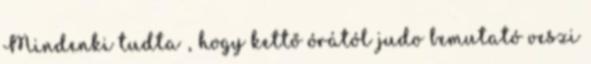
Mindenki tudta , hogy kettő órától judo bemutató veszi